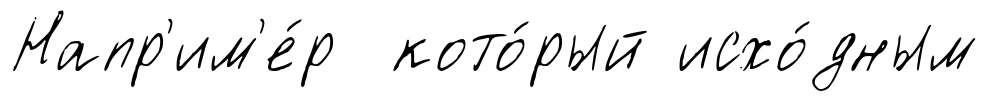
Напр'им'е́р кото́рый исхо́дным